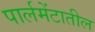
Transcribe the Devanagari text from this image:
पार्लमेंटातील